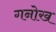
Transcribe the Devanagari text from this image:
गनोख